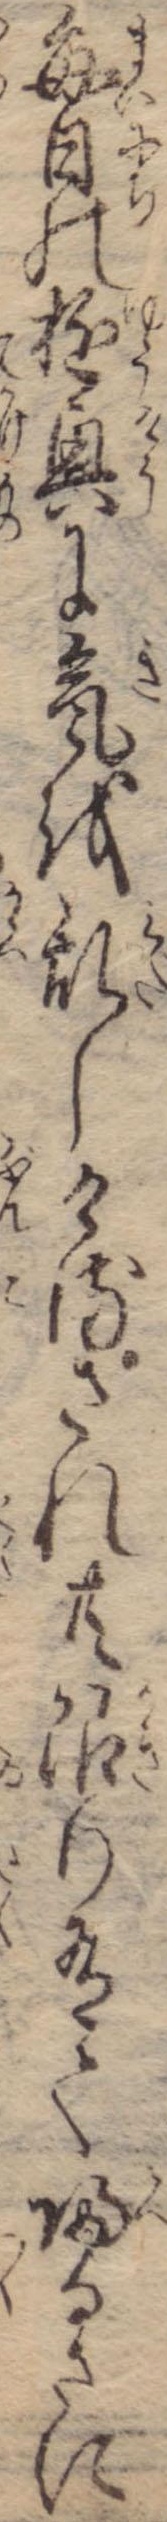
毎日の遊興に気を乱しけるされ共限り有て帰るさに